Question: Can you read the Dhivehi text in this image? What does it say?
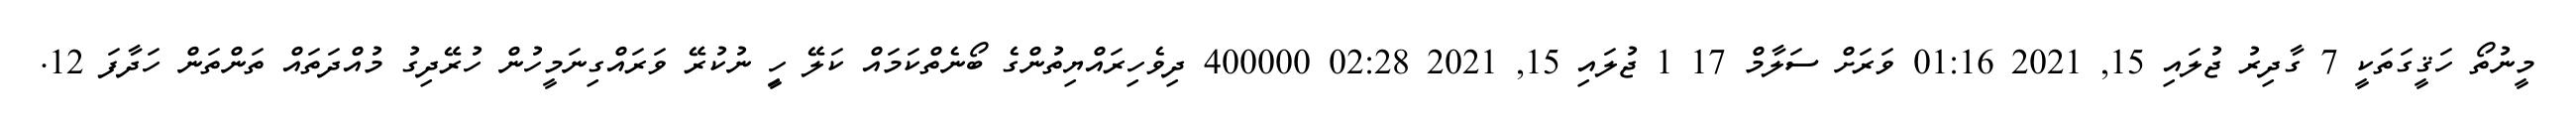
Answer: މީނުތޯ ހަޤީގަތަކީ 7 ގާދިރު ޖުލައި 15, 2021 01:16 ވަރަށް ސަލާމް 17 1 ޖުލައި 15, 2021 02:28 400000 ދިވެހިރައްޔިތުންގެ ބޯނެތްކަމައް ކަލޭ ހިީ ނުކުރޭ ވަރައްގިނަމީހުން ހުރޭދިގު މުއްދަތައް ތަންތަން ހަދާފަ 12.